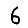
Digit: 6